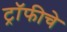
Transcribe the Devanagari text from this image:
ट्रॉफीचे